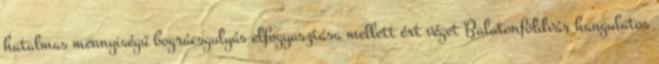
hatalmas mennyiségű bográcsgulyás elfogyasztása mellett ért véget Balatonföldvár hangulatos